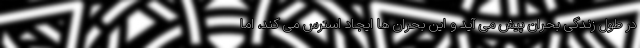
در طول زندگی بحران پیش می آید و این بحران ها ایجاد استرس می کند، اما